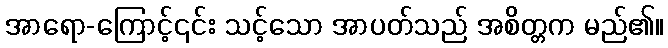
အာရော-ကြောင့်၎င်း သင့်သော အာပတ်သည် အစိတ္တက မည်၏။